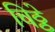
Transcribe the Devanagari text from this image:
चिठ्ठे